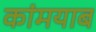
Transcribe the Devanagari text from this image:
कांमयाब